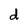
Character: d